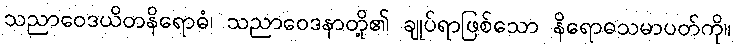
သညာဝေဒယိတနိရောဓံ၊ သညာဝေဒနာတို့၏ ချုပ်ရာဖြစ်သော နိရောဓသမာပတ်ကို။